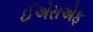
ઈએસએફ